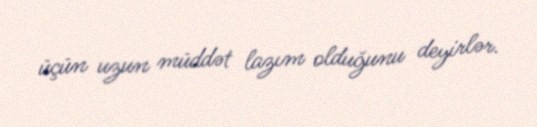
üçün uzun müddət lazım olduğunu deyirlər.